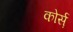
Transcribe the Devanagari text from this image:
कोर्स़